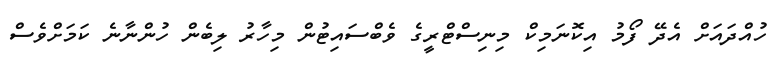
ހުއްދައަށް އެދޭ ފޯމު އިކޮނަމިކް މިނިސްޓްރީގެ ވެބްސައިޓުން މިހާރު ލިބެން ހުންނާނެ ކަމަށްވެސް